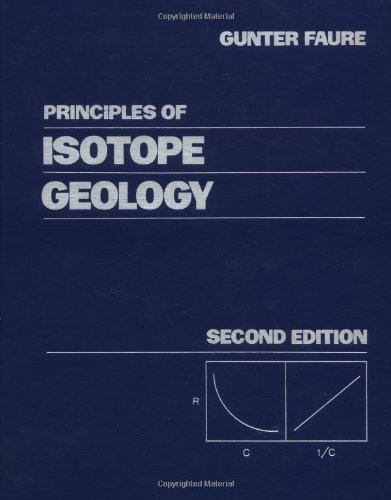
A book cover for Principles of Isotope Geology, 2nd Edition; Gunter Faure; Science & Math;